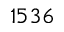
1 5 3 6